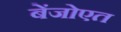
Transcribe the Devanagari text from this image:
बेंजोएत